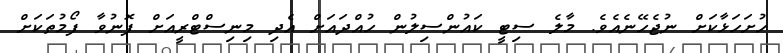
ހުށަހަޅާކަށް ނުޖެހޭނެއެވެ. މާލެ ސިޓީ ކައުންސިލުން ހުއްދައަށް އެދި މިނިސްޓްރީއަށް ފޮނުވާ ފޯމުތަކަށް